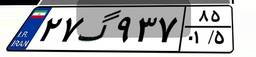
۲۷گ۹۳۷۸۵